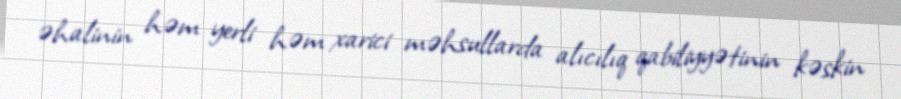
əhalinin həm yerli həm xarici məhsullarda alıcılıq qabiliyyətinin kəskin